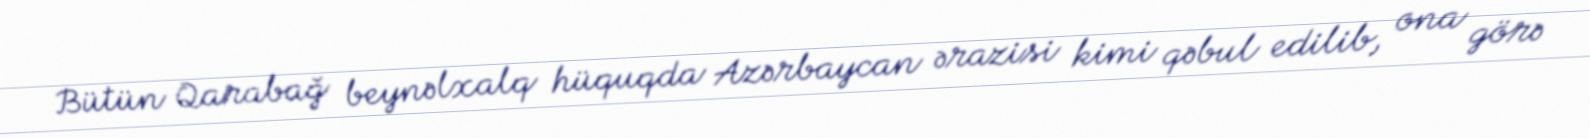
Bütün Qarabağ beynəlxalq hüquqda Azərbaycan ərazisi kimi qəbul edilib, ona görə